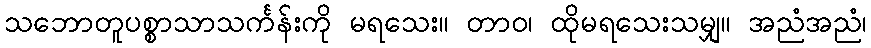
သဘောတူပစ္စာသာသင်္ကန်းကို မရသေး။ တာဝ၊ ထိုမရသေးသမျှ။ အညံအညံ၊